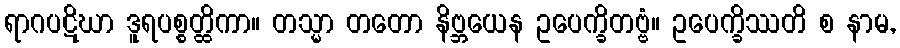
ရာဂပဋိဃာ ဒူရပစ္စတ္ထိကာ။ တသ္မာ တတော နိဗ္ဘယေန ဥပေက္ခိတဗ္ဗံ။ ဥပေက္ခိဿတိ စ နာမ,